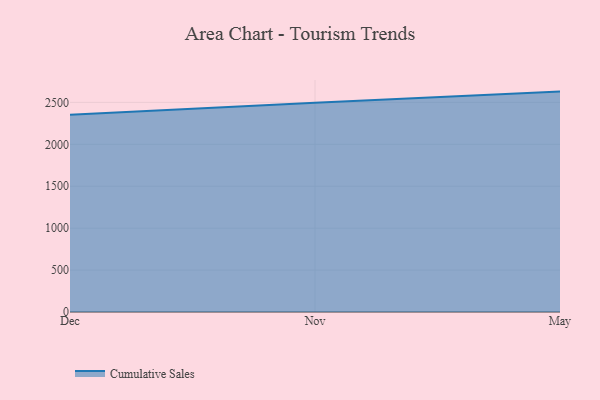
{"axis": {"x": "Month", "y": "Production Output"}, "legend": ["Cumulative Sales"], "data": [{"x": "Dec", "y": 2353.7, "type": "Cumulative Sales"}, {"x": "Nov", "y": 2495.8, "type": "Cumulative Sales"}, {"x": "May", "y": 2628.7, "type": "Cumulative Sales"}]}